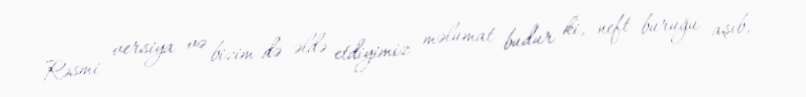
Rəsmi versiya və bizim də əldə etdiyimiz məlumat budur ki, neft buruğu aşıb,